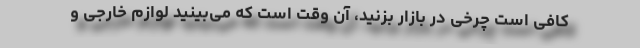
کافی است چرخی در بازار بزنید، آن وقت است که می‌بینید لوازم خارجی و